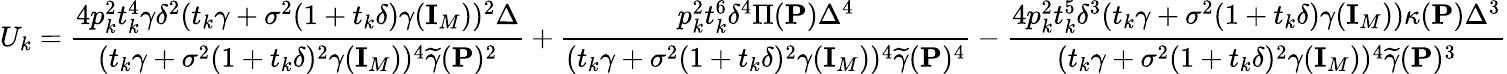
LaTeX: U_{k}=\frac{4p_{k}^{2}t_{k}^{4}\gamma\delta^{2}(t_{k}\gamma+\sigma^{2}(1+t_{k}\delta)\gamma({\mathbf{I}}_{M}))^{2}\Delta}{(t_{k}\gamma+\sigma^{2}(1+t_{k}\delta)^{2}\gamma({\mathbf{I}}_{M}))^{4}\widetilde{\gamma}({\mathbf{P}})^{2}}+\frac{p_{k}^{2}t_{k}^{6}\delta^{4}\Pi({\mathbf{P}})\Delta^{4}}{(t_{k}\gamma+\sigma^{2}(1+t_{k}\delta)^{2}\gamma({\mathbf{I}}_{M}))^{4}\widetilde{\gamma}({\mathbf{P}})^{4}}-\frac{4p_{k}^{2}t_{k}^{5}\delta^{3}(t_{k}\gamma+\sigma^{2}(1+t_{k}\delta)\gamma({\mathbf{I}}_{M}))\kappa({\mathbf{P}})\Delta^{3}}{(t_{k}\gamma+\sigma^{2}(1+t_{k}\delta)^{2}\gamma({\mathbf{I}}_{M}))^{4}\widetilde{\gamma}({\mathbf{P}})^{3}}